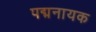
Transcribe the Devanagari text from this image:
पद्मनायक